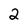
Character: 2